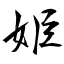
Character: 姫